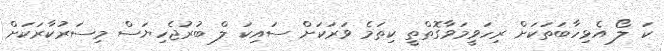
ކަ ލޯ އެޅިހާބަތަކަށް ރިހަވީމަވާގޮތްތީ ކިތަމެ ވަރަކަށް ސައިކަ ލް ބުރުޖެހިޔަސް މިސަރުކާރަކަށް